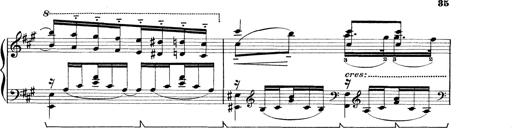
Title: Rapsodie: 19 ungheresi, 1 spagnuola
Composer: Franz Liszt